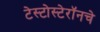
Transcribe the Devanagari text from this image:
टेस्टोस्टेरॉनचे